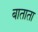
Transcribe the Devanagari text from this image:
बाताता